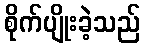
စိုက်ပျိုးခဲ့သည်